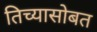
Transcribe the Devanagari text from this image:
तिच्यासोबत